Statistical return of the lunatic asylum in Assam - 1912-1932
Year: 1912
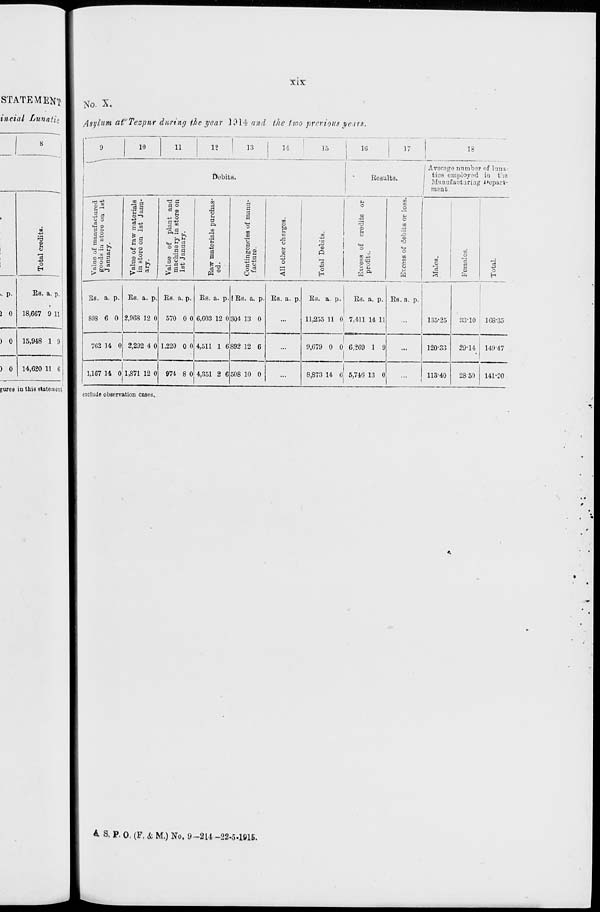
e
«-»
©
o
o
•3
5'
H-"
(-•
M
P-
*-
Or
00
OS
to
OS
©
fed
O
00
•a
go
I
h-»
I-*
© •
P
•&
s
OS
«s
j
Total credits.
Ui
n
H9
►
«>«.
H
s fed
cc
8
^
a
te)
^
1
n
*r3
pa
©
B
©
CD
I
I
CO
*-■
<o
t—'
o
cr
o
13
O
00
LO
o
00
o
CO
Crt
CO
Ct
o
00
o
©
CD
00
-a
CO
3"
©
CO
©
©
to
CO
o
©
^1
to
©
CO
to
©
oo
©
GO
CO
"©
©
00
to
©
to
to
©
Crt
00
CO
to
OS
Crt
©
©
_©_
Ci
©
©
CO
to
©
oo
©
"©
CO
©
©
to
Cn
to
©
CO
CO
to
CD
©
~3
<»
*■
rfk
to
CO
CO
©
oo
CO
Ct
fed
•o
fed
aa
P
•a
fed
CO
p
►a
fed
IS
p
•a
fed
co
P
fed
CO
p
£
fed
P
•a
fed
CD
•a
Valuo of manufactured
goods in store on 1st
J anuary.
Value of raw materials
in store on 1st Janu-
ary.
Value of plant and
machinery in store on
1st January.
Raw materials purchas-
ed.
Contingencies of manu-
facture.
All other chnrgos.
Total Dobits.
Excess of credits or
profits.
Excess of debits or loss
Males.
Females.
Total.
o
^
^
Si
tz5
o
M